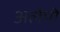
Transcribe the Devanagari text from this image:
अलेपो